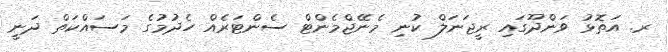
ރ. އަތޮޅު ވަންދޫގައި ރީޖަނަލް ކުނި މެނޭޖްމެންޓް ސެންޓަރެއް ހެދުމުގެ މަސައްކަތް ދަނީ